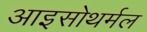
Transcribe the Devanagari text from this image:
आइसोथर्मल